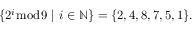
\{ 2 ^ { i } { \bmod { 9 } } \ | \ i \in \mathbb { N } \} = \{ 2 , 4 , 8 , 7 , 5 , 1 \} .